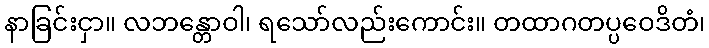
နာခြင်းငှာ။ လဘန္တောဝါ၊ ရသော်လည်းကောင်း။ တထာဂတပ္ပဝေဒိတံ၊